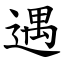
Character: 遇